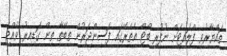
ތައްޔާރުވި ފްލައިޓަށް ނުފުރި ބޯޓް އެތެރޭގައި ފަސިންޖަރުން ތިބޭތާ ތިން ގަޑިއިރު ވެއްޖެ